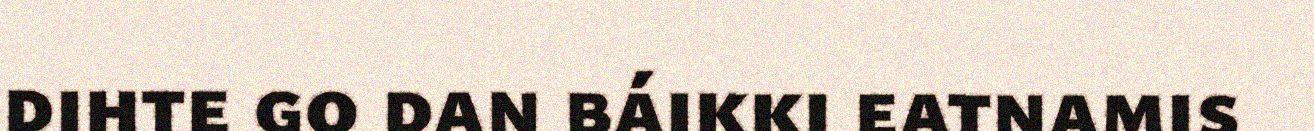
dihte go dan báikki eatnamis